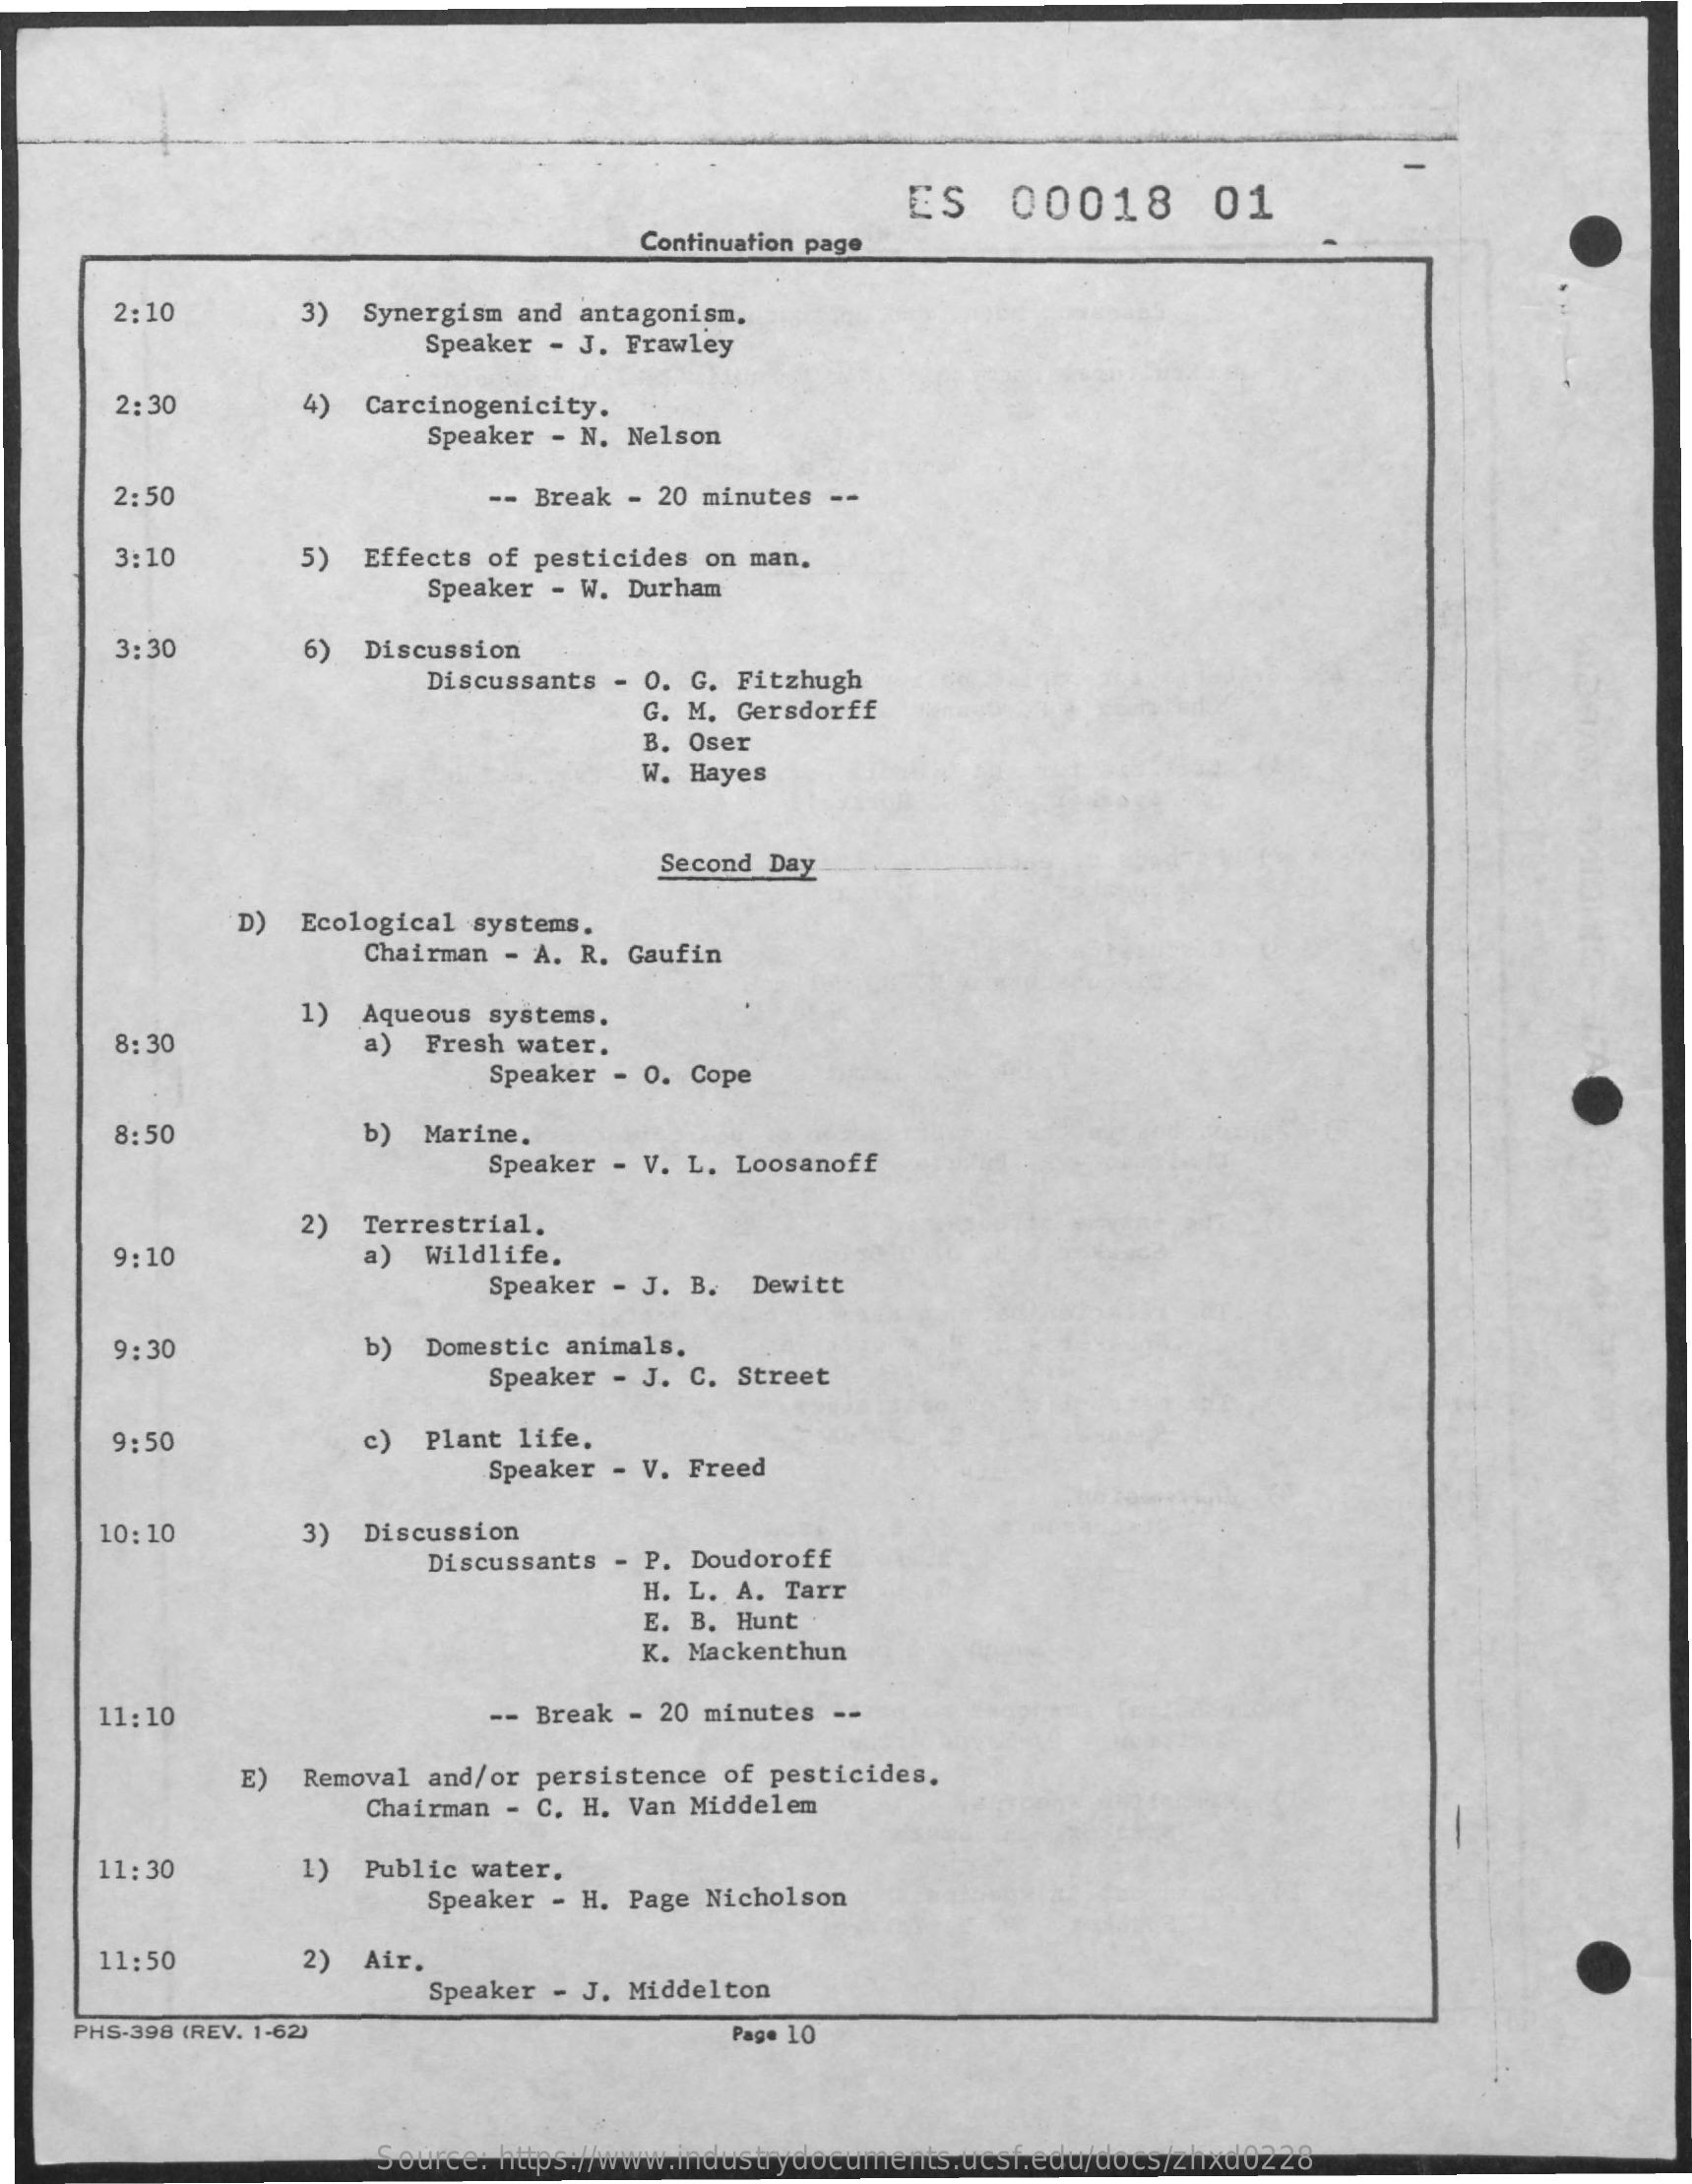
ES    00018    01
     Continuation page
     2:10    3)  Synergism and antagonism.
     Speaker - J. Frawley
     2:30    4)  Carcinogenicity.
     Speaker - N. Nelson
     2:50    -- Break - 20 minutes --
     3:10    5)  Effects of pesticides on man.
     Speaker - W. Durham
     3:30    6)  Discussion
     Discussants - O. G. Fitzhugh
     G. M. Gersdorff
     B. Oser
     W. Hayes
     Second Day
     D)  Ecological systems.
     Chairman - A. R. Gaufin
     1)  Aqueous systems.
     8:30    a)  Fresh water.
     Speaker - 0. Cope
     8:50    b)  Marine.
     Speaker - V. L. Loosanoff
     2)  Terrestrial.
     9:10    a)  Wildlife.
     Speaker - J. B. Dewitt
     9:30    b)  Domestic animals.
     Speaker - J. C. Street
     9:50    c)  Plant life.
     Speaker - V. Freed
     10: 10    3)  Discussion
     Discussants - P. Doudoroff
     H. L. A. Tarr
     E. B. Hunt
     K. Mackenthun
     11:10    -- Break - 20 minutes --
     E)  Removal and/or persistence of pesticides.
     Chairman - C. H. Van Middelem
     11:30    1)  Public water,
     Speaker - H. Page Nicholson
     11:50    2)  Air.
     Speaker - J. Middelton
     PH5-398 (REV. 1-62)    Page 10
     Source: https://www.industrydocuments.ucsf.edu/docs/zhxd0228